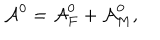
{ \cal A } ^ { 0 } = { \cal A } _ { F } ^ { 0 } + { \cal A } _ { M } ^ { 0 } ,